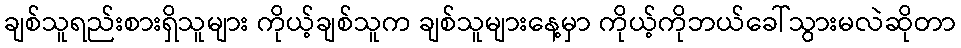
ချစ်သူရည်းစားရှိသူများ ကိုယ့်ချစ်သူက ချစ်သူများနေ့မှာ ကိုယ့်ကိုဘယ်ခေါ်သွားမလဲဆိုတာ